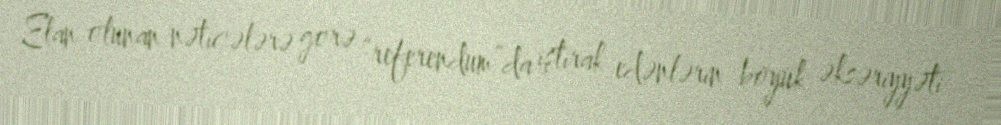
Elan olunan nəticələrə görə “referendum”da iştirak edənlərin böyük əksəriyyəti